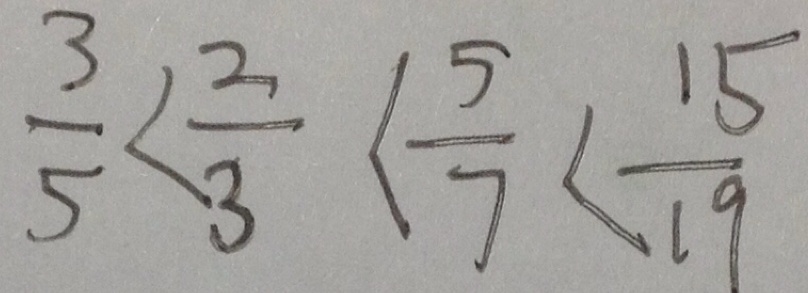
\frac { 3 } { 5 } < \frac { 2 } { 3 } < \frac { 5 } { 7 } < \frac { 1 5 } { 9 }